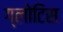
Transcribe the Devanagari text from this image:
ग्लोटिस